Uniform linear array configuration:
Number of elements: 8
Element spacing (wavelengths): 0.5
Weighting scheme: exponential
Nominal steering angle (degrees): -45
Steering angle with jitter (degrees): -43.869
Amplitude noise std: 0.05
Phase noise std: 0.05

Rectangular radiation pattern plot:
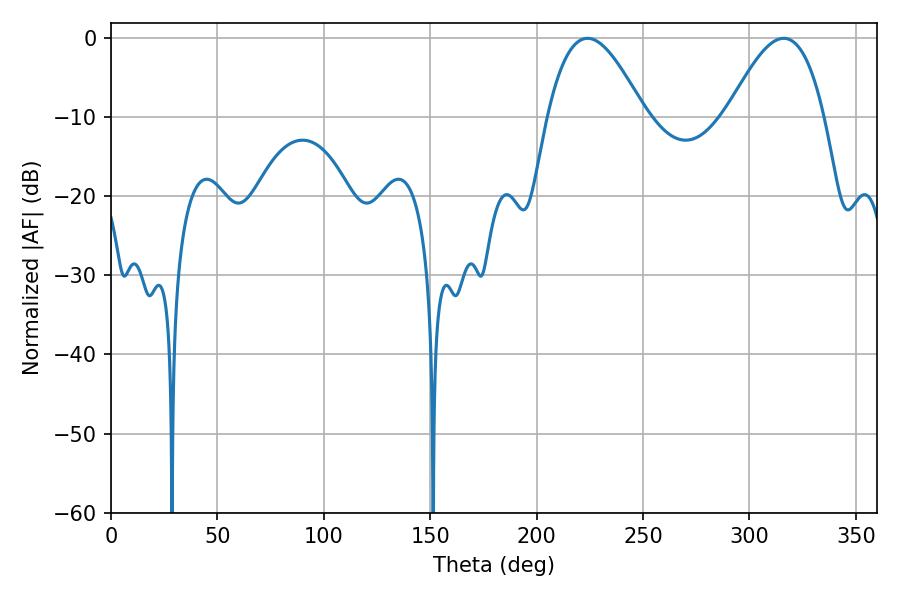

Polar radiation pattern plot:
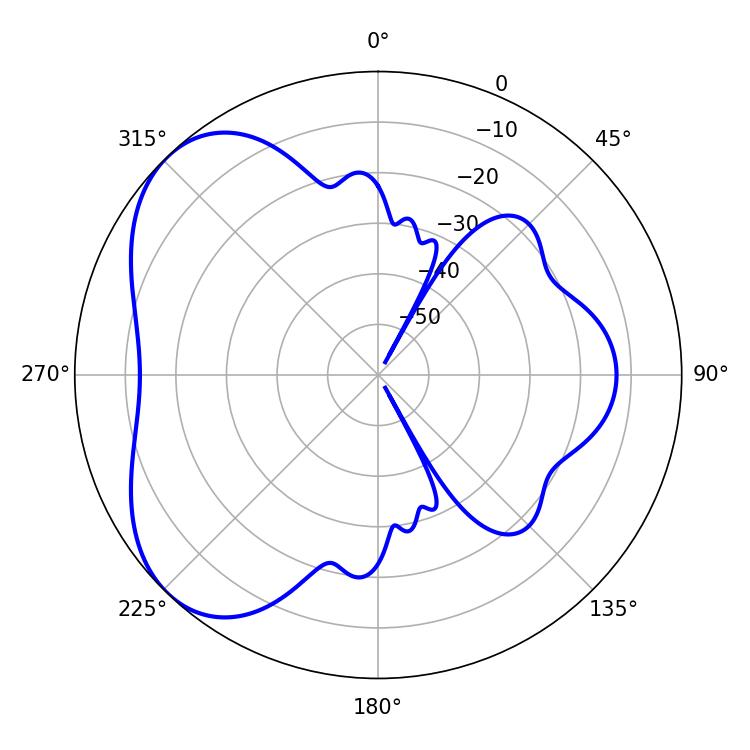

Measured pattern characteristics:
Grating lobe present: FALSE
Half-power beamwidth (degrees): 24.66
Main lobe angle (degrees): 223.92